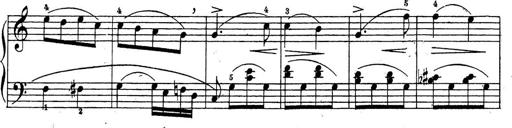
Title: 10 Sonatinas
Composer: Fritz Spindler